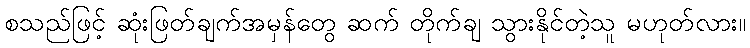
စသည်ဖြင့် ဆုံးဖြတ်ချက်အမှန်တွေ ဆက် တိုက်ချ သွားနိုင်တဲ့သူ မဟုတ်လား။